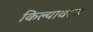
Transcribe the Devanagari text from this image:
किल्यावरच